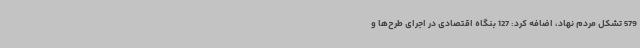
579 تشکل مردم نهاد، اضافه کرد: 127 بنگاه اقتصادی در اجرای طرح‌ها و